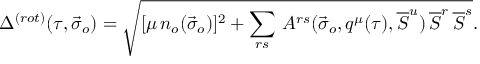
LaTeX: \Delta ^ { ( r o t ) } ( \tau , { \vec { \sigma } } _ { o } ) = \sqrt { [ \mu \, n _ { o } ( { \vec { \sigma } } _ { o } ) ] ^ { 2 } + \sum _ { r s } \, A ^ { r s } ( { \vec { \sigma } } _ { o } , q ^ { \mu } ( \tau ) , \overline { { { \cal S } } } ^ { u } ) \, \overline { { { \cal S } } } ^ { r } \, \overline { { { \cal S } } } ^ { s } } .